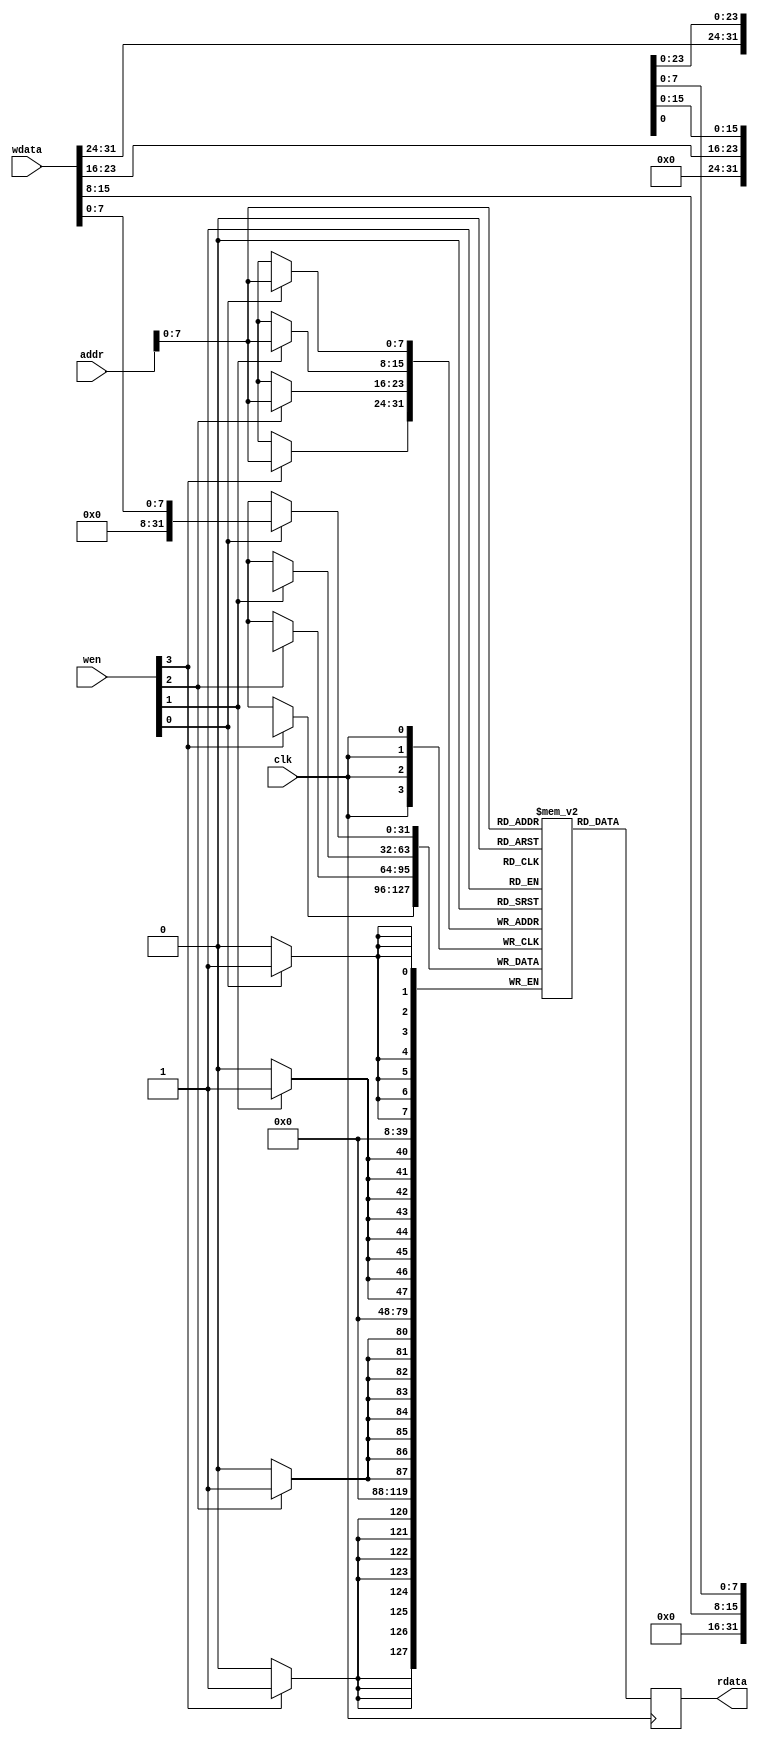
module picosoc_mem #(
	parameter integer WORDS = 256
) (
`ifdef USE_POWER_PINS	
	inout vccd1,	// User area 1 1.8V supply
	inout vssd1,	// User area 1 digital ground
`endif	
	input clk,
	input [3:0] wen,
	input [21:0] addr,
	input [31:0] wdata,
	output reg [31:0] rdata
);
	reg [31:0] mem [0:WORDS-1];

	always @(posedge clk) begin
		rdata <= mem[addr];
		if (wen[0]) mem[addr][ 7: 0] <= wdata[ 7: 0];
		if (wen[1]) mem[addr][15: 8] <= wdata[15: 8];
		if (wen[2]) mem[addr][23:16] <= wdata[23:16];
		if (wen[3]) mem[addr][31:24] <= wdata[31:24];
	end
endmodule